Vaccination in Bombay 1863-1868 - 1863-1868
Year: 1863
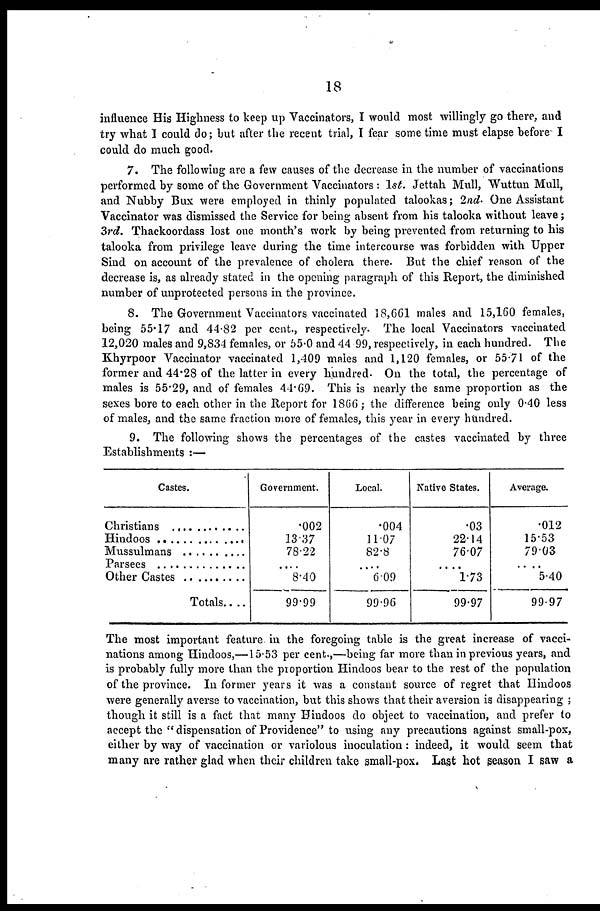
18
influence His Highness to keep up Vaccinators, I would most willingly go there, and
try what I could do; but after the recent trial, I fear some time must elapse before I
could do much good.
7. The following are a few causes of the decrease in the number of vaccinations
performed by some of the Government Vaccinators : 1st. Jettah Mull, Wuttun Mull,
and Nubby Bux were employed in thinly populated talookas; 2nd. One Assistant
Vaccinator was dismissed the Service for being absent from his talooka without leave;
3rd. Thackoordass lost one month's work by being prevented from returning to his
talooka from privilege leave during the time intercourse was forbidden with Upper
Sind on account of the prevalence of cholera there. But the chief reason of the
decrease is, as already stated in the opening paragraph of this Report, the diminished
number of unprotected persons in the province.
8. The Government Vaccinators vaccinated 18,661 males and 15,160 females,
being 55.17 and 44.82 per cent., respectively. The local Vaccinators vaccinated
12,020 males and 9,834 females, or 55.0 and 44.99, respectively, in each hundred. The
Khyrpoor Vaccinator vaccinated 1,409 males and 1,120 females, or 55.71 of the
former and 44.28 of the latter in every hundred. On the total, the percentage of
males is 55.29, and of females 44.69. This is nearly the same proportion as the
sexes bore to each other in the Report for 1866 ; the difference being only 0.40 less
of males, and the same fraction more of females, this year in every hundred.
9. The following shows the percentages of the castes vaccinated by three
Establishments :—
Castes.
Christians .............
Hindoos
Mussulmans ..............
Parsees ..............
Other Castes ..............
Totals ....
Government.
.002
13.37
78.22
....
8.40
99.99
Local.
.004
11.07
82.8
....
6.09
99.96
Native States.
.03
22.14
76.07
....
1.73
99.97
Average.
.012
15.53
79.03
....
5.40
99.97
The most important feature in the foregoing table is the great increase of vacci-
nations among Hindoos,—15.53 per cent.,—being far more than in previous years, and
is probably fully more than the proportion Hindoos bear to the rest of the population
of the province. In former years it was a constant source of regret that Hindoos
were generally averse to vaccination, but this shows that their aversion is disappearing ;
though it still is a fact that many Hindoos do object to vaccination, and prefer to
accept the " dispensation of Providence" to using any precautions against small-pox,
either by way of vaccination or variolous inoculation: indeed, it would seem that
many are rather glad when their children take small-pox. Last hot season I saw a